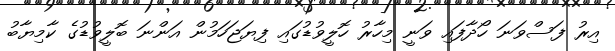
އިރު ފަސްވަނަ ހޯދާފައި ވަނީ މިހާރު ހޮލީވުޑުގައި ފިޔަޖަހަމުން އަންނަ ބޮލީވުޑުގެ ކާމިޔާބު